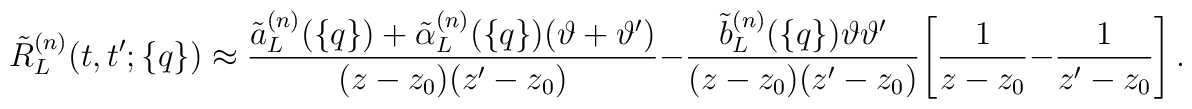
\tilde R_L^{(n)}(t,t';\{q\})\approx\frac{\tilde a_L^{(n)}(\{q\})+\tilde\alpha_L^{(n)}(\{q\})(\vartheta+\vartheta')}{(z-z_0)(z'-z_0)}-\frac{\tilde b_L^{(n)}(\{q\})\vartheta\vartheta'}{(z-z_0)(z'-z_0)}\Biggl[\frac{1}{z-z_0}-\frac{1}{z'-z_0}\Biggl]\,.